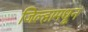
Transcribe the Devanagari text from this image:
जिल्हामधून